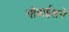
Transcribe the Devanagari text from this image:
मोबाईलने